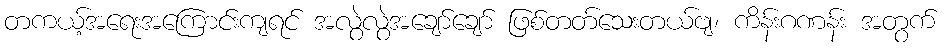
တကယ့်အရေးအကြောင်းကျရင် အလွဲလွဲအချော်ချော် ဖြစ်တတ်သေးတယ်ဗျ၊ ကိန်းဂဏန်း အတွက်